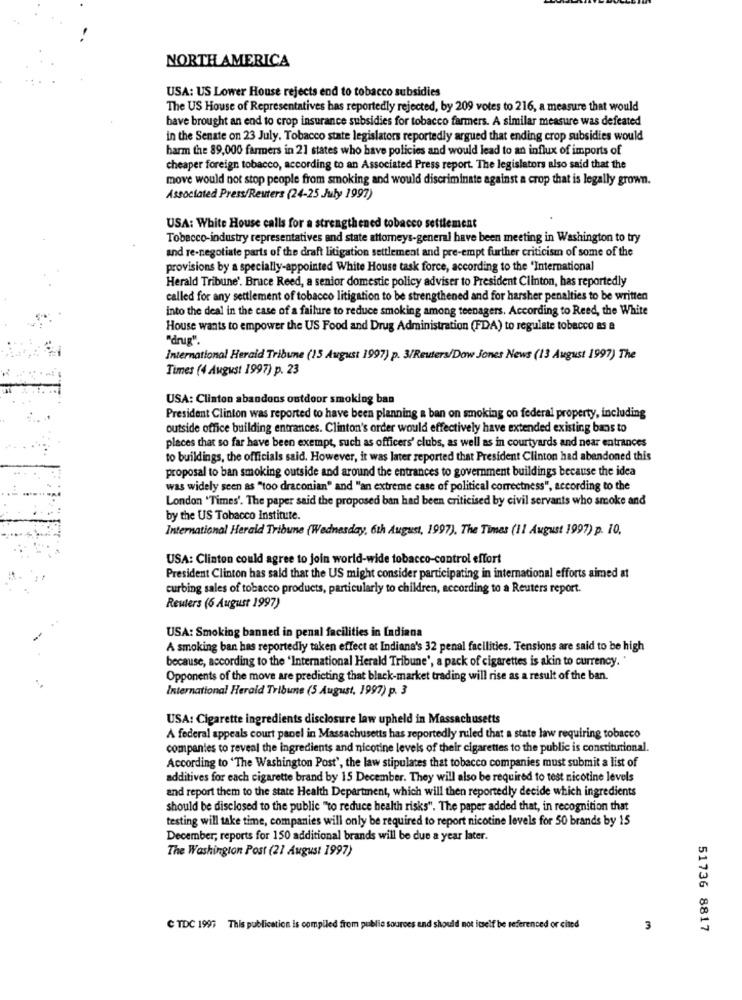
NORTH AMERICA
USA: US Lower House rejects end to tobacco subsidies
The US House of Representatives has reportedly rejected, by 209 votes to 216, a measure that would
bave brought an end to crop insurance subsidies for tobacco farmers. A similar measure was defeated
in the Senate on 23 July. Tobacco state legislators reportedly argued that ending crop subsidies would
harm the 89,000 farmers in 21 states who have policies and would lead to an influx of imports of
cheaper foreign tobacco, according to an Associated Press report. The legislators also said that the
move would not stop people from smoking and would discriminate against a crop that is legally grown.
Associated Press/Reuters (24-25 July 1997)
USA: White House calls for a strengthened tobacco settlement
Tobacco-industry representatives and state attorneys-general have been meeting in Washington to try
and re-negotiate parts of the draft litigation settlement and pre-empt further criticism of some of the
provisions by a specially-appointed White House task force, according to the "International
Herald Tribune'. Bruce Reed, a senior domestic policy adviser to President Clinton, has reportedly
called for any settlement of tobacco litigation to be strengthened and for harsher penalties to be written
into the deal in the case of a failure to reduce smoking among teenagers. According to Reed, the White
House wants to empower the US Food and Drug Administration (FDA) to regulate tobacco as a
"drug".
International Herald Tribune (15 August 1997) p. 3/Reuters/Dow Jones News (13 August 1997) The
Times (4 August 1997) p. 23
USA: Clinton abandons outdoor smoking ban
President Clinton was reported to have been planning & ban on smoking on federal property, including
outside office building entrances. Clinton's order would effectively have extended existing bans to
places that so far have been exempt, such as officers' clubs, as well as in courtyards and near entrances
to buildings, the officials said. However, it was later reported that President Clinton had abandoned this
proposal to ban smoking outside and around the entrances to government buildings because the idea
was widely seen as "too draconian" and "an extreme case of political correctness", according to the
London "Times'. The paper said the proposed ban had been criticised by civil servants who smoke and
by the US Tobacco Institute.
International Herald Tribune (Wednesday, 6th August, 1997). The Times (11 August 1997) p. 10.
USA: Clinton could agree to join world-wide tobacco-control effort
President Clinton has said that the US might consider participating in international efforts aimed at
curbing sales of tobacco products, particularly to children, according to a Reuters report.
Reuters (6 August 1997)
USA: Smoking banned in penal facilities in Indiana
A smoking ban has reportedly taken effect at Indiana's 32 penal facilities. Tensions are said to be high
because, according to the 'International Herald Tribune', a pack of cigarettes is akin to currency.
Opponents of the move are predicting that black-market trading will rise as a result of the ban.
International Herald Tribune (5 August, 1997) p. 3
USA: Cigarette ingredients disclosure law upheld in Massachusetts
A federal appeals court panel in Massachusetts has reportedly ruled that a state law requiring tobacco
companies to reveal the ingredients and nicotine levels of their cigarettes to the public is constitutional.
According to 'The Washington Post', the law stipulates that tobacco companies must submit a list of
additives for each cigarette brand by 15 December. They will also be required to test nicotine levels
and report them to the state Health Department, which will then reportedly decide which ingredients
should be disclosed to the public "to reduce health risks". The paper added that, in recognition that
testing will take time, companies will only be required to report nicotine levels for 50 brands by 15
December, reports for 150 additional brands will be due a year later.
The Washington Post (21 August 1997)
C TDC 1997 This publication is compiled from publie sources and should not itself be referenced or cited
3
51736 8817